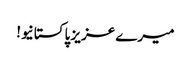
میرے عزیز پاکستانیو!